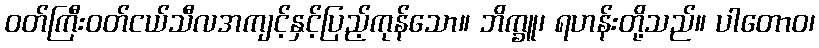
ဝတ်ကြီးဝတ်ငယ်သီလအကျင့်နှင့်ပြည့်ကုန်သော။ ဘိက္ခူ၊ ရဟန်းတို့သည်။ ပါတောဝ၊